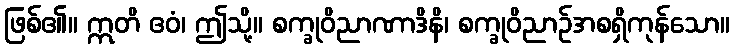
ဖြစ်၏။ ဣတိ ဧဝံ၊ ဤသို့။ စက္ခုဝိညာဏာဒိနိ၊ စက္ခုဝိညာဉ်အစရှိကုန်သော။